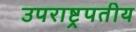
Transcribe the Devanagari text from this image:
उपराष्ट्रपतीय